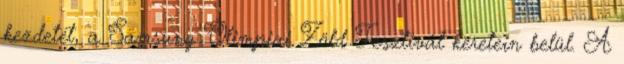
kezdetét, a Samsung Olimpiai Zöld Fesztivál keretein belül. A